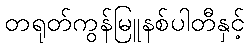
တရုတ်ကွန်မြူနစ်ပါတီနှင့်